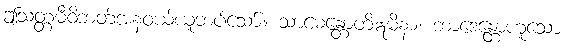
ဤသတ္တမီဝိဘတ်အနံဝယ်ယူဘပ်သော်။ သာဓေန္တောတိဣမိနာ၊ ဘာဒေန္တောဟူသော